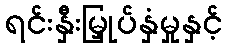
ရင်းနှီးမြှုပ်နှံမှုနှင့်